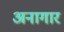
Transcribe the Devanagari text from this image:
अनागार